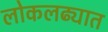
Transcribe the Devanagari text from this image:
लोकलढ्यात